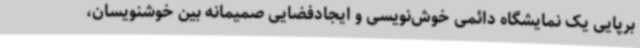
برپایی یک نمایشگاه دائمی خوش‌نویسی و ایجادفضایی صمیمانه بین خوشنویسان،